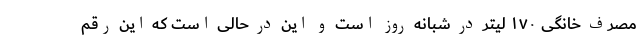
مصرف خانگی ۱۷۰ لیتر در شبانه روز است و این در حالی است که این رقم